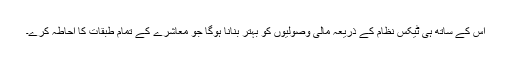
اس کے ساتھ ہی ٹیکس نظام کے ذریعہ مالی وصولیوں کو بہتر بنانا ہوگا جو معاشرے کے تمام طبقات کا احاطہ کرے۔